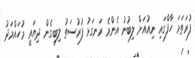
ފުރަތަމަ ހާފްގައި ނިއުއަށް ލިބުނު އެންމެ ރަނގަޅު ފުރުސަތު ލިބިގެން ދިޔައީ މުހައްމަދު